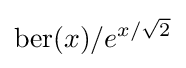
\mathrm {ber} (x)/e^{x/{\sqrt {2}}}